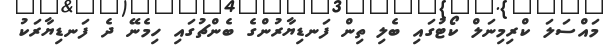
މައްސަލަ ކްރިމިނަލް ކޯޓުގައި ބެލި ތިން ފަނޑިޔާރުންގެ ބެންޗުގައި ހިމެނޭ ދެ ފަނޑިޔާރަކު